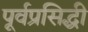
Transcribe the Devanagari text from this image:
पूर्वप्रसिद्धी